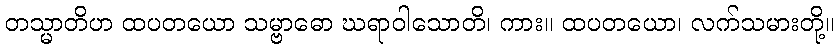
တသ္မာတိဟ ထပတယော သမ္ဗာဓော ဃရာဝါသောတိ၊ ကား။ ထပတယော၊ လက်သမားတို့။